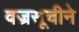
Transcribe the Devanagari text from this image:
वज्रसूचीने